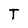
Character: T